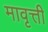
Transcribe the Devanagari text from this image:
मावृत्ती